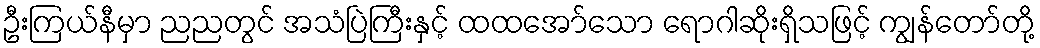
ဦးကြယ်နီမှာ ညညတွင် အသံပြဲကြီးနှင့် ထထအော်သော ရောဂါဆိုးရှိသဖြင့် ကျွန်တော်တို့